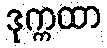
ဒုက္ကထာ